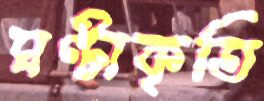
ঘণ্টাকৃতি